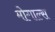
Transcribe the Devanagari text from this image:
मोगाल्स